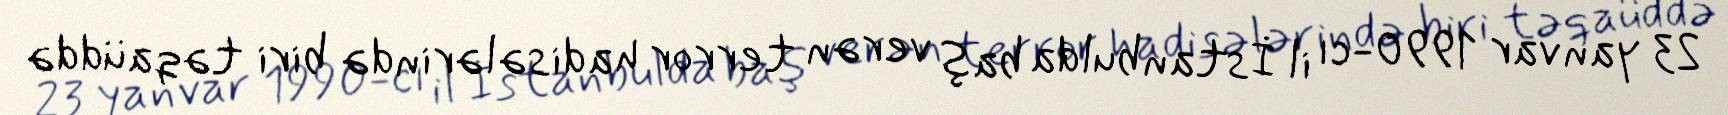
23 yanvar 1990-cı il İstanbulda baş verən terror hadisələrində biri təqaüddə